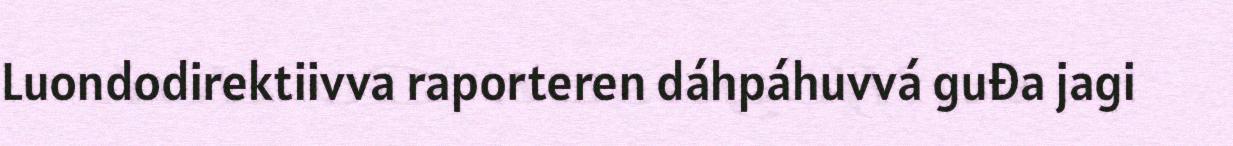
Luondodirektiivva raporteren dáhpáhuvvá guđa jagi